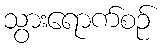
သွားရောက်စဉ်